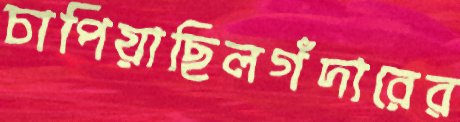
চাপিয়াছিলগঁদারের